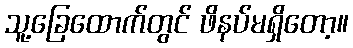
သူ့ခြေထောက်တွင် ဖိနပ်မရှိတော့။